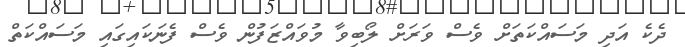
ދެކެ އަދި މަސައްކަތަށް ވެސް ވަރަށް ލޯބިވާ މުވައްޒަފުން ވެސް ފެނަކައިގައި މަސައްކަތް